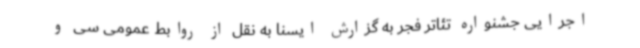
اجرایی جشنواره تئاتر فجر به گزارش ایسنا به نقل از روابط عمومی سی و